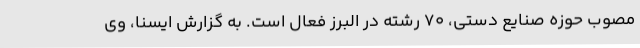
مصوب حوزه صنایع دستی، 70 رشته در البرز فعال است. به گزارش ایسنا، وی